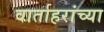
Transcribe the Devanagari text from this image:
वार्ताहरांच्या